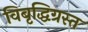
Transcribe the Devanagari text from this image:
विबृद्धिग्रस्त